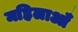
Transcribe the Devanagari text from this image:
महिलाऑँ